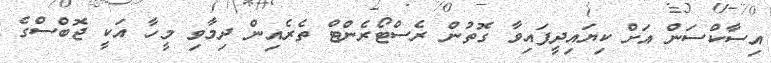
އިސާކްސަން އަށް ކިޔައިދީފައިވާ ގޮތުން ރެސްޓޯރެންޓް ތެރެއިން ދިމާވި މީހާ އަކީ ޖޮބްސްގެ